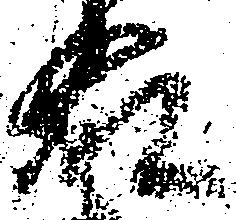
藤